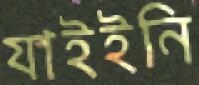
যাইইনি